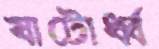
ষাটোর্ধ্ব